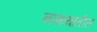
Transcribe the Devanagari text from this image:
नप्फयातील